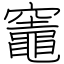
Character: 竈